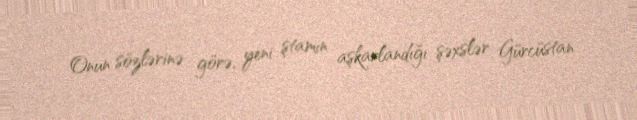
Onun sözlərinə görə, yeni ştamın aşkarlandığı şəxslər Gürcüstan